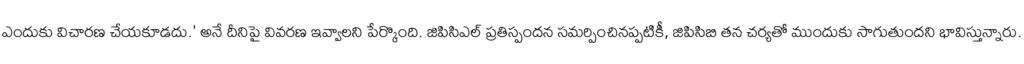
ఎందుకు విచారణ చేయకూడదు.' అనే దీనిపై వివరణ ఇవ్వాలని పేర్కొంది. జిపిసిఎల్ ప్రతిస్పందన సమర్పించినప్పటికీ, జిపిసిబి తన చర్యతో ముందుకు సాగుతుందని భావిస్తున్నారు.